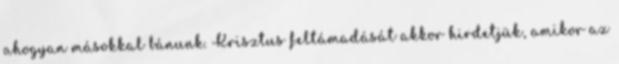
ahogyan másokkal bánunk. Krisztus feltámadását akkor hirdetjük, amikor az